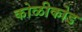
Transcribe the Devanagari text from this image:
कोळीकोड